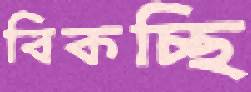
বিকচ্ছি